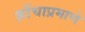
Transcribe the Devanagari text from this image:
क्रौंचाप्रमाणे